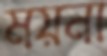
ময়না